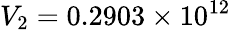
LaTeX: V_{2}=0.2903\times 10^{12}